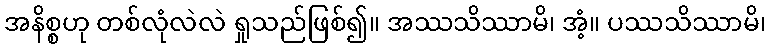
အနိစ္စဟု တစ်လုံလဲလဲ ရှုသည်ဖြစ်၍။ အဿသိဿာမိ၊ အံ့။ ပဿသိဿာမိ၊